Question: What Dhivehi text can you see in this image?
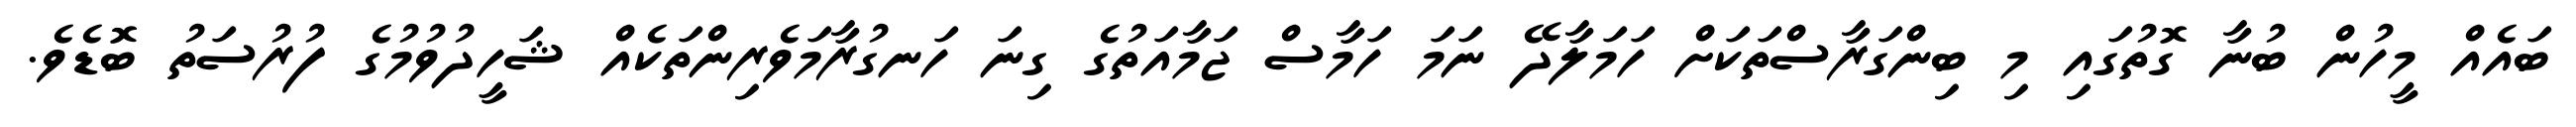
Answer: ބައެއް މީހުން ބުނާ ގޮތުގައި މި ބިންގަރާސްތަކަށް ހަމަލާދޭ ނަމަ ހަމާސް ޖަމާއަތުގެ ގިނަ ހަނގުރާމަވެރިންތަކެއް ޝަހީދުވުމުގެ ފުރުސަތު ބޮޑެވެ.